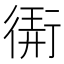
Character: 𢕁